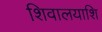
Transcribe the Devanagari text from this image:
शिवालयाशि